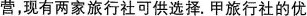
营，现有两家旅行社可供选择。甲旅行社的优